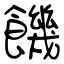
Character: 饑